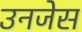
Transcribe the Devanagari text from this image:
उनजेस